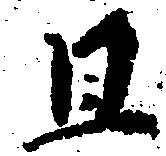
且